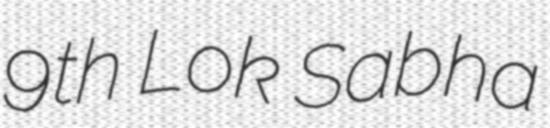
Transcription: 9th Lok Sabha